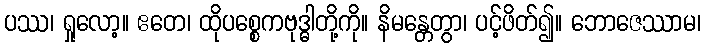
ပဿ၊ ရှုလော့။ ဧတေ၊ ထိုပစ္စေကဗုဒ္ဓါတို့ကို။ နိမန္တေတွာ၊ ပင့်ဖိတ်၍။ ဘောဇေဿာမ၊